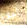
أجل